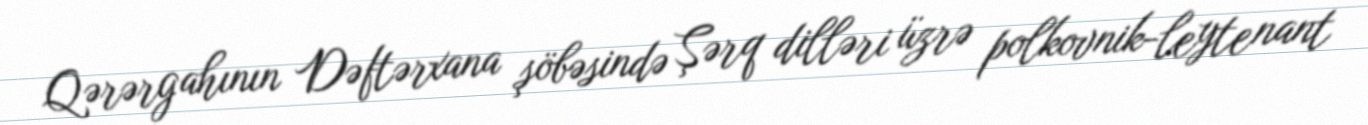
Qərərgahının Dəftərxana şöbəsində Şərq dilləri üzrə polkovnik-leytenant